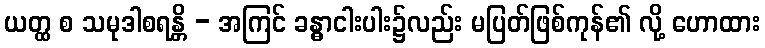
ယတ္ထ စ သမုဒါစရန္တိ - အကြင် ခန္ဓာငါးပါး၌လည်း မပြတ်ဖြစ်ကုန်၏ လို့ ဟောထား